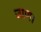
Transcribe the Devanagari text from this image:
जाण।